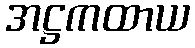
အဋ္ဌကထာယ